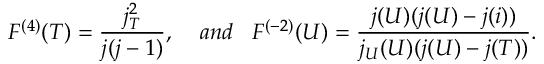
F ^ { ( 4 ) } ( T ) = \frac { j _ { T } ^ { 2 } } { j ( j - 1 ) } , \; \; \; \; a n d \; \; \; F ^ { ( - 2 ) } ( U ) = \frac { j ( U ) ( j ( U ) - j ( i ) ) } { j _ { U } ( U ) ( j ( U ) - j ( T ) ) } .